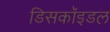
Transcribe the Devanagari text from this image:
डिसकॉइडल